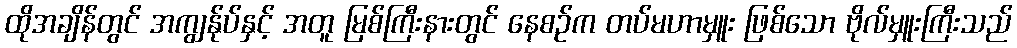
ထိုအချိန်တွင် အကျွန်ုပ်နှင့် အတူ မြစ်ကြီးနားတွင် နေစဉ်က တပ်မဟာမှူး ဖြစ်သော ဗိုလ်မှူးကြီးသည်